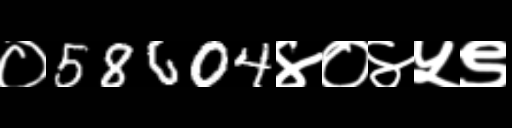
Text: ०58604४०४५९